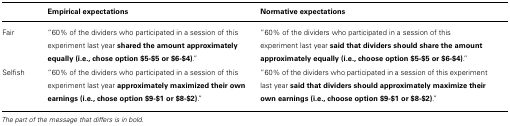
<table><thead><tr><td>[EMPTY_CELL]</td><td><b>Empirical expectations</b></td><td><b>Normative expectations</b></td></tr></thead><tbody><tr><td>Fair</td><td>“60% of the dividers who participated in a session of this experiment last year <b>shared the amount approximately equally (i.e., chose option $5-$5 or $6-$4)</b>.”</td><td>“60% of the dividers who participated in a session of this experiment last year <b>said that dividers should share the amount approximately equally (i.e., choose option $5-$5 or $6-$4)</b>.”</td></tr><tr><td>Selfish</td><td>“60% of the dividers who participated in a session of this experiment last year <b>approximately maximized their own earnings (i.e., chose option $9-$1 or $8-$2)</b>.”</td><td>“60% of the dividers who participated in a session of this experiment last year <b>said that dividers should approximately maximize their own earnings (i.e., choose option $9-$1 or $8-$2)</b>.”</td></tr></tbody></table>